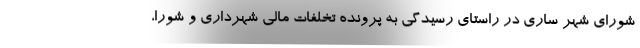
شورای شهر ساری در راستای رسیدگی به پرونده تخلفات مالی شهرداری و شورا،